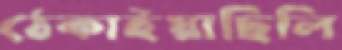
ঠেকাইয়াছিলি